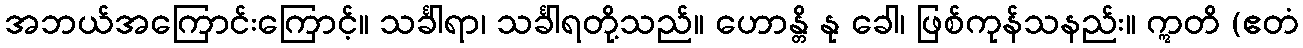
အဘယ်အကြောင်းကြောင့်။ သင်္ခါရာ၊ သင်္ခါရတို့သည်။ ဟောန္တိ နု ခေါ၊ ဖြစ်ကုန်သနည်း။ ဣတိ (ဧတံ